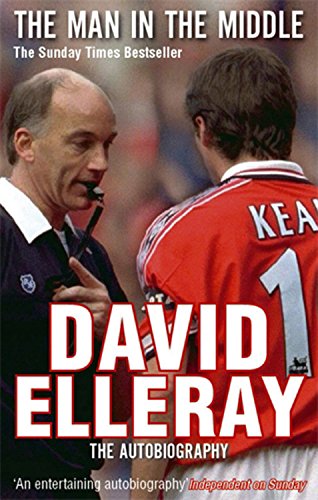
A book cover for The Man in the Middle: The Autobiography; David Elleray; Biographies & Memoirs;